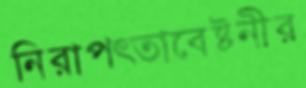
নিরাপত্তাবেষ্টনীর